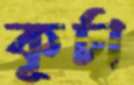
কূর্চা